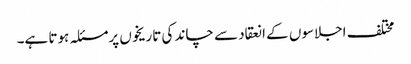
مختلف اجلاسوں کے انعقاد سے چاند کی تاریخوں پرمسئلہ ہوتا ہے۔